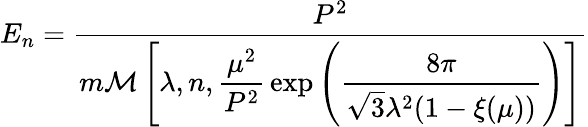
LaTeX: E_{n}=\frac{P^{2}}{m{\cal M}\left[\lambda,n,\displaystyle{\frac{\mu^{2}}{P^{2}}}\exp\left({\frac{8\pi}{\sqrt{3}\lambda^{2}(1-\xi(\mu))}}\right)\right]}